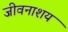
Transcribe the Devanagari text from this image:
जीवनाशय